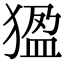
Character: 𤟣